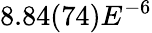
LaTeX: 8.84(74)E^{-6}